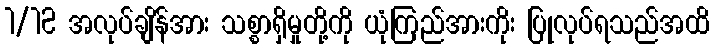
1/12 အလုပ်ချိန်အား သစ္စာရှိမှုတို့ကို ယုံကြည်အားကိုး ပြုလုပ်ရသည်အထိ